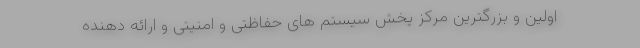
اولین و بزرگترین مرکز پخش سیستم های حفاظتی و امنیتی و ارائه دهنده